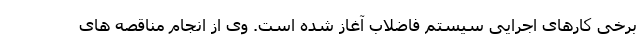
برخی کارهای اجرایی سیستم فاضلاب آغاز شده است. وی از انجام مناقصه های